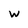
Character: W